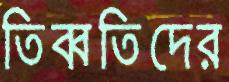
তিব্বতিদের